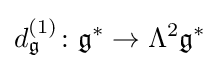
d_{\mathfrak {g}}^{(1)}\colon {\mathfrak {g}}^{*}\rightarrow \Lambda ^{2}{\mathfrak {g}}^{*}